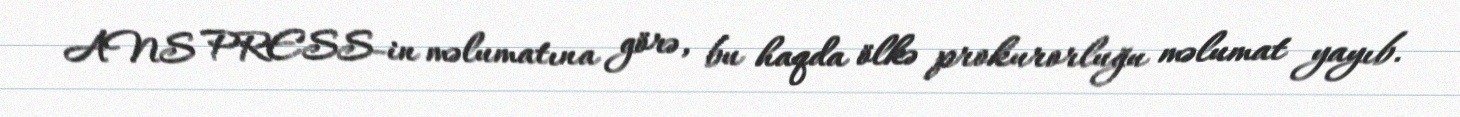
ANS PRESS-in məlumatına görə, bu haqda ölkə prokurorluğu məlumat yayıb.